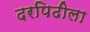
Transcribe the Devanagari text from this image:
दरपिढीला